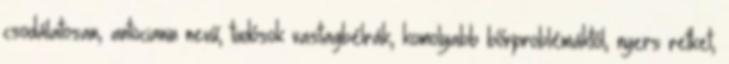
csodálatosan, antocianin nevű, tudósok vastagbélrák, komolyabb bőrproblémáktól, nyers retket,